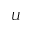
\boldsymbol { U }